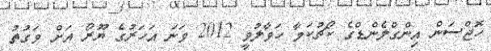
ހޮޖްސަން އިންގްލެންޑްގެ ކޯޗުކަމާ ހަވާލުވީ 2012 ވަނަ އަހަރުގެ ޔޫރޯ އަށް ވަގުތު